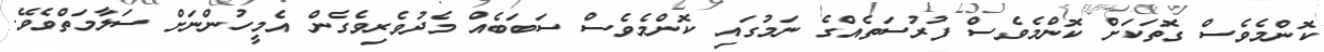
ކޮންމެވެސް ގޮތަކަށް ކޮންމެވެސް ފުރުސަތެއްގެ ނަމުގައި ކޮންމެވެސް ސަބަބެއް މެދުވެރިވެގެން އެމީހުންނަށް ސަލާމަތްވެވޭ.